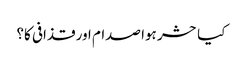
کیا حشر ہوا صدام اور قذافی کا؟